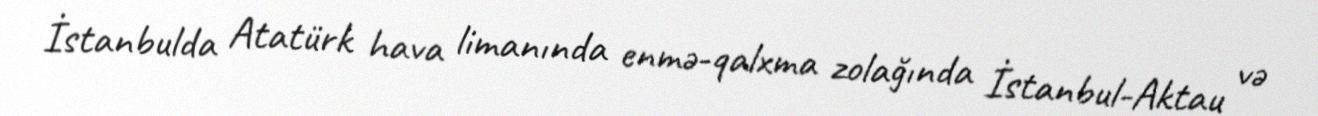
İstanbulda Atatürk hava limanında enmə-qalxma zolağında İstanbul-Aktau və